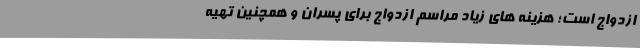
ازدواج است؛ هزینه های زیاد مراسم ازدواج برای پسران و همچنین تهیه